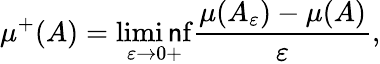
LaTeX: \mu^{+}(A)=\operatorname*{limi\mathsf{n}f}_{\varepsilon\to0+}{\frac{{\mu(A_{\varepsilon})-\mu(A)}}{{\varepsilon}}},